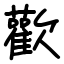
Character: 歡